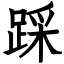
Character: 踩